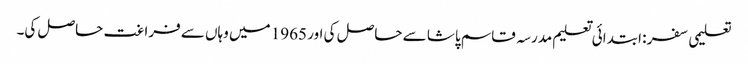
تعلیمی سفر : ابتدائی تعلیم مدرسہ قاسم پاشا سے حاصل کی اور 1965 میں وہاں سے فراغت حاصل کی۔